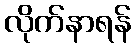
လိုက်နာရန်